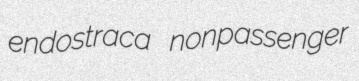
endostraca nonpassenger